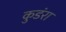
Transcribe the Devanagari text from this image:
कुडंरा